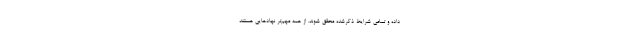
داده و تمامی شرایط ذکرشده محقق شوند. از همه مهم‌تر نهادهایی هستند